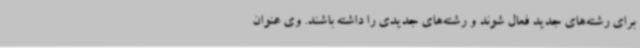
برای رشته‌های جدید فعال شوند و رشته‌های جدیدی را داشته باشند. وی عنوان